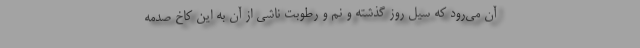
آن می‌رود که سیل روز گذشته و نم و رطوبت ناشی از آن به این کاخ صدمه